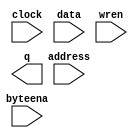
module wb_ram_32x8192 (
	address,
	byteena,
	clock,
	data,
	wren,
	q);

	input	[12:0]  address;
	input	[3:0]  byteena;
	input	  clock;
	input	[31:0]  data;
	input	  wren;
	output	[31:0]  q;
`ifndef ALTERA_RESERVED_QIS
// synopsys translate_off
`endif
	tri1	[3:0]  byteena;
	tri1	  clock;
`ifndef ALTERA_RESERVED_QIS
// synopsys translate_on
`endif

endmodule